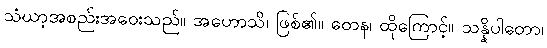
သံဃာ့အစည်းအဝေးသည်။ အဟောသိ၊ ဖြစ်၏။ တေန၊ ထိုကြောင့်။ သန္နိပါတော၊